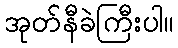
အုတ်နီခဲကြီးပါ။